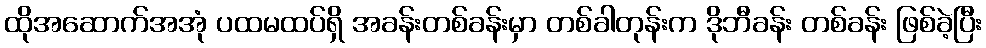
ထိုအဆောက်အအုံ ပထမထပ်ရှိ အခန်းတစ်ခန်းမှာ တစ်ခါတုန်းက ဒိုဘီခန်း တစ်ခန်း ဖြစ်ခဲ့ပြီး